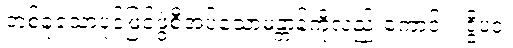
တစ်ခုသောပုဒ်ဖြင့်ဖွဲ့စီအပ်သောမန္တာန်ကိုလည်းကောင်း။ ဒွိပဒံ၊